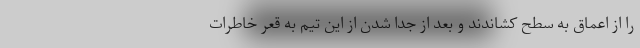
را از اعماق به سطح کشاندند و بعد از جدا شدن از این تیم به قعر خاطرات